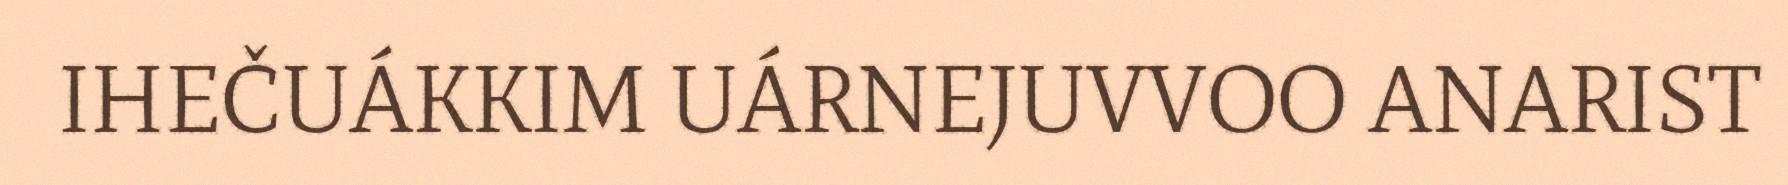
IHEČUÁKKIM UÁRNEJUVVOO ANARIST